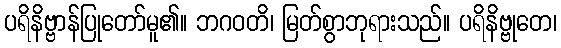
ပရိနိဗ္ဗာန်ပြုတော်မူ၏။ ဘဂဝတိ၊ မြတ်စွာဘုရားသည်။ ပရိနိဗ္ဗုတေ၊